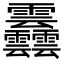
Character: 䨺